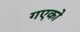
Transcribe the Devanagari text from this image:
गएको